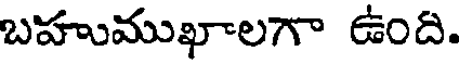
బహుముఖాలగా ఉంది.